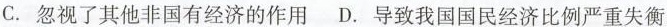
C. 忽视了其他非国有经济的作用 D. 导致我国国民经济比例严重失衡